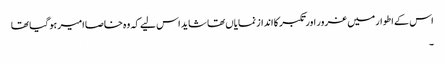
اس کے اطوار میں غرور اور تکبر کا انداز نمایاں تھا شاید اس لیے کہ وہ خاصا امیر ہو گیا تھا
۔